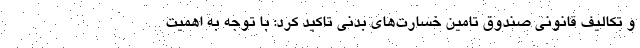
و تکالیف قانونی صندوق تامین خسارت‌های بدنی تاکید کرد: با توجه به اهمیت